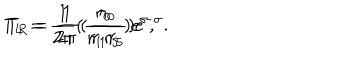
T _ { L } = \frac { 1 } { 2 \pi } ( { \frac { r _ { 0 } } { r _ { 1 } r _ { 5 } } } ) e ^ { \sigma } , \hspace { 5 m m } T _ { R } = \frac { 1 } { 2 \pi } ( { \frac { r _ { 0 } } { r _ { 1 } r _ { 5 } } } ) e ^ { - \sigma } .